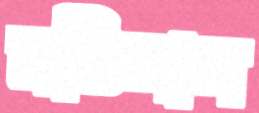
মতিলাল